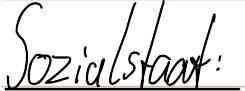
Sozialstaat: